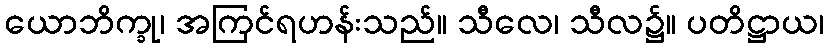
ယောဘိက္ခု၊ အကြင်ရဟန်းသည်။ သီလေ၊ သီလ၌။ ပတိဋ္ဌာယ၊